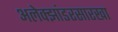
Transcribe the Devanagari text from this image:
अलेक्झांडरसारखा